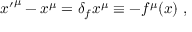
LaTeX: { x ^ { \prime } } ^ { \mu } - x ^ { \mu } = \delta _ { f } x ^ { \mu } \equiv - f ^ { \mu } ( x ) \; ,